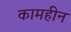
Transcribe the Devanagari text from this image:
कामहीन